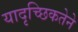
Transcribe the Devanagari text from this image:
यादृच्छिकतेने